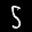
Label: 5